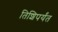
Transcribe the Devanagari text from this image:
तिशिपर्यंत